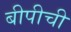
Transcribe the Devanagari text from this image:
बीपीची